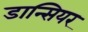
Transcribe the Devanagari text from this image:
डान्सियर